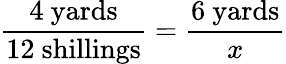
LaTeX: {\frac{4\ {\mathrm{yards}}}{12\ {\mathrm{shillings}}}}={\frac{6\ {\mathrm{yards}}}{x}}